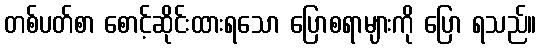
တစ်ပတ်စာ စောင့်ဆိုင်းထားရသော ပြောစရာများကို ပြော ရသည်။